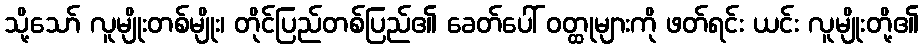
သို့သော် လူမျိုးတစ်မျိုး၊ တိုင်ပြည်တစ်ပြည်၏ ခေတ်ပေါ် ဝတ္ထုများကို ဖတ်ရင်း ယင်း လူမျိုးတို့၏